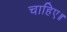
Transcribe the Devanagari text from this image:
चाहिए॥